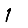
Digit: 1